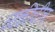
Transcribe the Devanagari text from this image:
व्यक्तीचीच